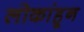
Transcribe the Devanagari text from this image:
लोकांहून